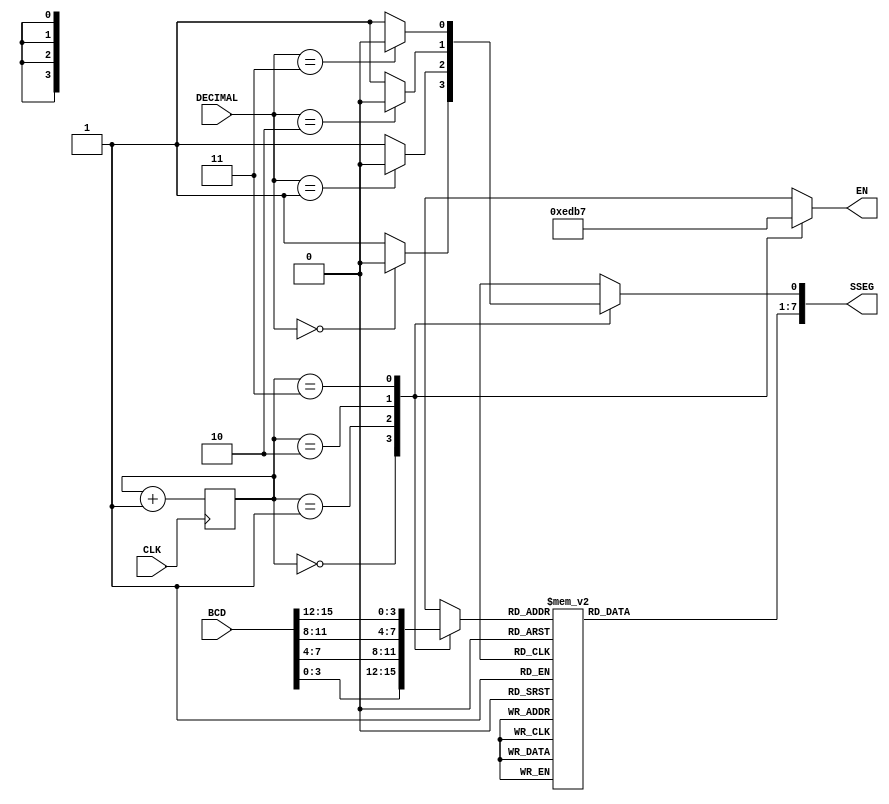
`timescale 1ns / 1ps

module seven_segment(
    input CLK,
    input [15:0] BCD,
    input [1:0] DECIMAL,
    output reg [7:0] SSEG,
    output reg [3:0] EN
    );
    
    reg [1:0] COUNT;
    reg [3:0] NUM_TMP;
    always @ (posedge CLK) COUNT <= COUNT + 1;
    
    always @ (*) begin
        case (COUNT[1:0])
            2'b00: begin
                EN = 4'b1110;
                NUM_TMP = BCD[3:0];
                if (DECIMAL == 2'b00) SSEG[0] = 1'b0;
                else SSEG[0] = 1'b1;
            end
            2'b01: begin
                EN = 4'b1101;
                NUM_TMP = BCD[7:4];
                if (DECIMAL == 2'b01) SSEG[0] = 1'b0;
                else SSEG[0] = 1'b1;
            end
            2'b10: begin
                EN = 4'b1011;
                NUM_TMP = BCD[11:8];
                if (DECIMAL == 2'b10) SSEG[0] = 1'b0;
                else SSEG[0] = 1'b1;
            end
            2'b11: begin
                EN = 4'b0111;
                NUM_TMP = BCD[15:12];
                if (DECIMAL == 2'b11) SSEG[0] = 1'b0;
                else SSEG[0] = 1'b1;
            end
        endcase
    end
    
    always @ (*) begin
        case(NUM_TMP)
            4'd0: SSEG[7:1] = 7'b1000000;
            4'd1: SSEG[7:1] = 7'b1111001;
            4'd2: SSEG[7:1] = 7'b0100100;
            4'd3: SSEG[7:1] = 7'b0110000;
            4'd4: SSEG[7:1] = 7'b0011001;
            4'd5: SSEG[7:1] = 7'b0010010;
            4'd6: SSEG[7:1] = 7'b0000010;
            4'd7: SSEG[7:1] = 7'b1111000;
            4'd8: SSEG[7:1] = 7'b0000000;
            4'd9: SSEG[7:1] = 7'b0010000;
            default: SSEG[7:1] = 7'b0111111;
        endcase
    end
        
endmodule